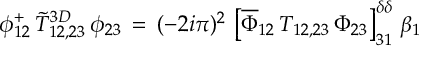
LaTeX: \phi _ { 1 2 } ^ { + } \, \widetilde T _ { 1 2 , 2 3 } ^ { 3 D } \, \phi _ { 2 3 } \, = \, ( - 2 i \pi ) ^ { 2 } \, \left[ \overline { { \Phi } } _ { 1 2 } \, T _ { 1 2 , 2 3 } \, \Phi _ { 2 3 } \right] _ { 3 1 } ^ { \delta \delta } \, \beta _ { 1 }